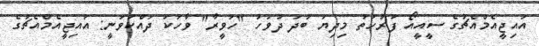
އައިޖީއެމްއެޗުގެ ސީއީއޯ ފަރުހަތު މިދިޔަ ބުދަ ދުވަހު "ހަވީރާ" ވާހަކަ ދައްކަވަނީ: އައިޖީއެމްއެޗުގެ